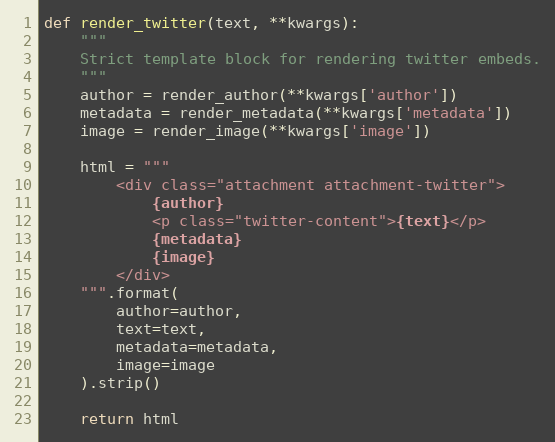
Language: Python
def render_twitter(text, **kwargs):
    """
    Strict template block for rendering twitter embeds.
    """
    author = render_author(**kwargs['author'])
    metadata = render_metadata(**kwargs['metadata'])
    image = render_image(**kwargs['image'])

    html = """
        <div class="attachment attachment-twitter">
            {author}
            <p class="twitter-content">{text}</p>
            {metadata}

        </div>
    """.format(
        author=author,
        text=text,
        metadata=metadata,
        image=image
    ).strip()

    return html